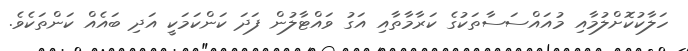
ހަލާކުކޮށްލުމާއި މުއައްސަސާތަކުގެ ކަރާމާތާއި އަގު ވައްޓާލުން ފަދަ ކަންކަމަކީ އަދި ބައެއް ކަންތަކެވެ.